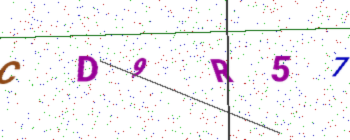
Text: CD9R57